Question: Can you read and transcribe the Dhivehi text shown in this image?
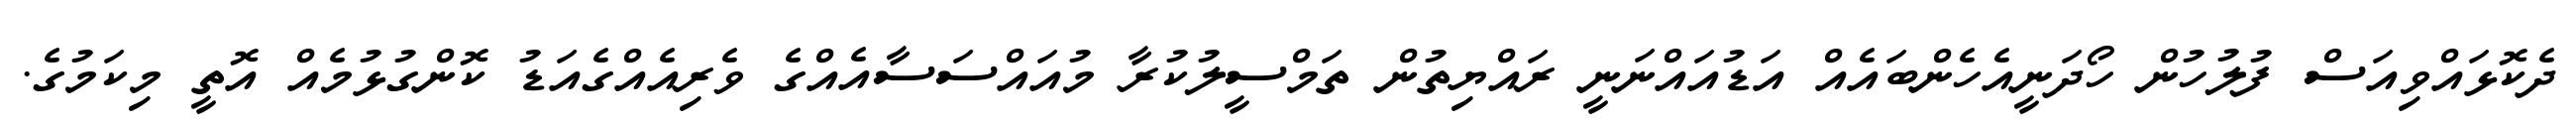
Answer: ދެކޮޅައްވިއަސް ފުލުހުން ހޯދަނީއެހެންބައެއް އަޑުއައްނަނީ ރައްޔިތުން ތަމްސީލުކުރާ މުއައްސަސާއެއްގެ ވެރިއެއްގެއަޑު ކޮންގުޅުމެއް އޮތީ މިކަމުގެ.